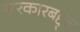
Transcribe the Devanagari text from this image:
सरकारबद्द्ल